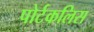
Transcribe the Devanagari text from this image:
पोर्टकलिस